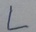
Text: L